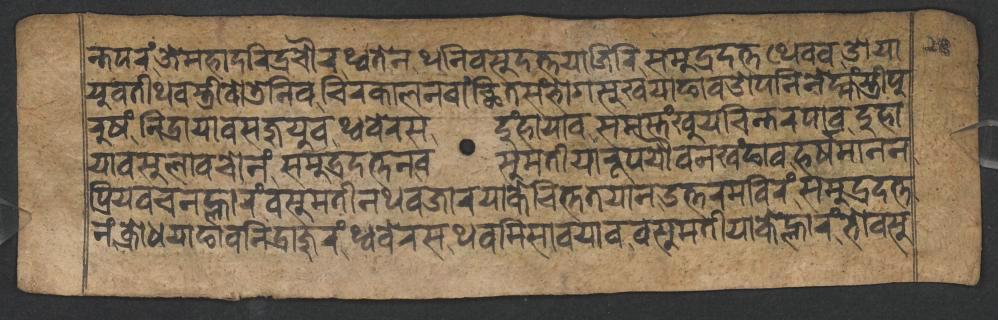
𑐣𑑂𑐟𑐥𑐬𑑄𑐖𑐾𑐩𑐴𑐵𑐡𑐬𑐶𑐡𑑂𑐬𑐔𑑁𑐬𑐠𑑂𑐰𑐟𑐾𑐣𑐠𑐣𑐶𑐰𑐳𑐸𑐡𑐟𑑂𑐟𑐫𑐵𑐖𑐶𑐬𑐶𑐳𑐩𑐸𑐡𑑂𑐬𑐡𑐟𑑂𑐟𑐠𑐾𑐰𑐰𑐌𑐫𑐵 𑐫𑐸𑐰𑐟𑐷𑐠𑐰𑐳𑑂𑐟𑑂𑐬𑐷𑐰𑑀𑐜𑐾𑐣𑐶𑐰𑐔𑐶𑐬𑐎𑐵𑐮𑐣𑐰𑐵𑑄𑐕𑐶𑐟𑐳𑑄𑐧𑑀𑐐𑐳𑐸𑐏𑐫𑐵𑐒𑐵𑐰𑐌𑐥𑐣𑐶𑐣𑐾𑐩𑑂𑐴𑑄𑐳𑑂𑐟𑑂𑐬𑐷𑐥𑐸 𑐬𑐸𑐲𑑄𑐣𑐶𑐡𑑂𑐬𑐵𑐫𑐵𑐰𑐳𑐖𑐸𑐫𑐸𑐰𑐠𑑂𑐰𑐧𑐾𑐬𑐳𑐡𑐸𑑄𑐴𑐵𑐫𑐵𑐰𑐳𑐩𑐳𑑂𑐟𑑄𑐏𑐸𑐫𑐔𑐶𑐣𑑂𑐟𑐬𑐥𑐵𑐰𑐡𑐸𑐴𑐵 𑐫𑐵𑐰𑐳𑐸𑐮𑐵𑐰𑐔𑑀𑐣𑑄𑐳𑐩𑐸𑐡𑑂𑐬𑐡𑐟𑑂𑐟𑐣𑐰𑐳𑐸𑐩𑐟𑐷𑐫𑐵𑐬𑐹𑐥𑐫𑑁𑐰𑐣𑐏𑑄𑐒𑐵𑐰𑐴𑐬𑑂𑐲𑐩𑐵𑐣𑐣 𑐥𑑂𑐬𑐶𑐫𑐰𑐔𑐣𑐮𑑂𑐴𑐵𑐬𑑄𑐰𑐳𑐸𑐩𑐟𑐷𑐣𑐠𑐰𑐖𑐵𑐬𑐫𑐵𑐎𑐾𑐔𑐶𑐟𑑂𑐟𑐟𑐫𑐵𑐣𑑁𑐟𑑂𑐟𑐬𑐩𑐧𑐶𑐬𑑄𑐳𑐩𑐸𑐡𑑂𑐬𑐡𑐟𑑂𑐟 𑐣𑑄𑐎𑑂𑐬𑑀𑐢𑐫𑐵𑐒𑐵𑐰𑐣𑐶𑐡𑑂𑐬𑐵𑐖𑐸𑐬𑑄𑐠𑑂𑐰𑐧𑐾𑐬𑐳𑐠𑐰𑐩𑐶𑐳𑐵𑐰𑐫𑐵𑐰𑐰𑐳𑐸𑐩𑐟𑐷𑐫𑐵𑐎𑐾𑐮𑑂𑐴𑐵𑐬𑑄𑐨𑑀𑐰𑐳𑐸